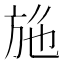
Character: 𭤮